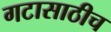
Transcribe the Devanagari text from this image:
गटासाठीच